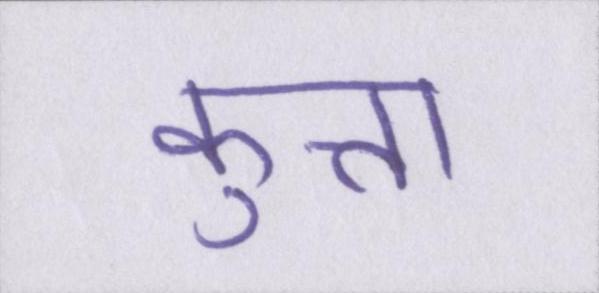
कुत्ता